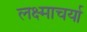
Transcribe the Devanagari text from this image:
लक्ष्माचर्या